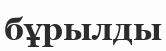
бұрылды